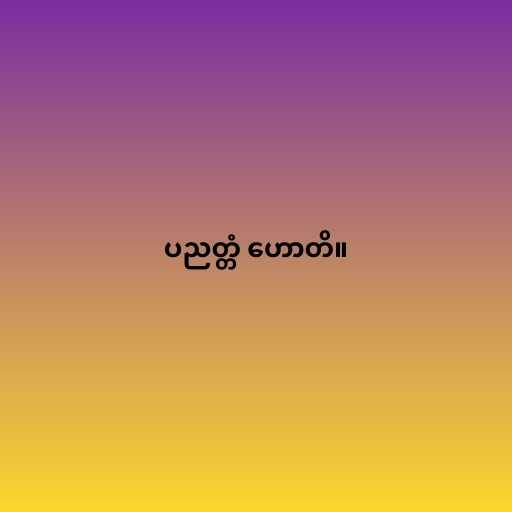
ပညတ္တံ ဟောတိ။